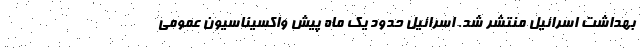
بهداشت اسرائیل منتشر شد. اسرائیل حدود یک ماه پیش واکسیناسیون عمومی